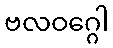
ဗလဝဂ္ဂေါ